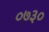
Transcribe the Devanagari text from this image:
०७३०